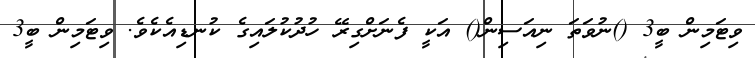
ވިޓަމިން ބީ3 ()ނުވަތަ ނިއަސިން() އަކީ ފެނަށްގިރޭ ހުދުކުލައިގެ ކުނޑިއެކެވެ. ވިޓަމިން ބީ3